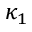
\kappa _ { 1 }